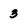
Character: 3